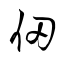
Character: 仞